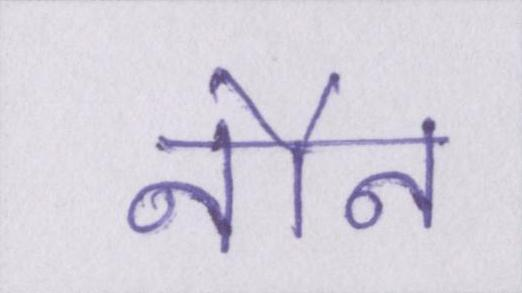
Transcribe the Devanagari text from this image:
नौन